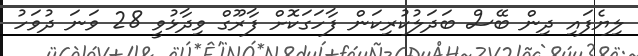
ލިޔެފައި ދިން ބޭސް ބަދަލުކުރިކަން ފާހަގަކޮށް ފާރޫގް ވިދާޅުވީ 28 ވަނަ ދުވަހު